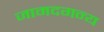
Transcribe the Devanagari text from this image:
जामदगन्य